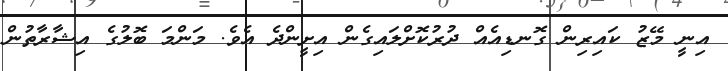
އިނީ މޭޒު ކައިރިން ގޮނޑިއެއް ދުރުކޮށްލައިގެން އިށީންދެ އެވެ. މަންމަ ބޮލުގެ އިޝާރާތުން